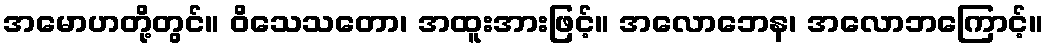
အမောဟတို့တွင်။ ဝိသေသတော၊ အထူးအားဖြင့်။ အလောဘေန၊ အလောဘကြောင့်။